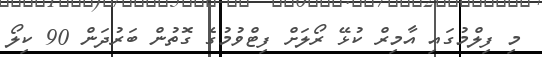
މި ފިލްމުގައި އާމިރް ކުޅޭ ރޯލަށް ފިޓްވުމުގެ ގޮތުން ބަރުދަން 90 ކިލޯ